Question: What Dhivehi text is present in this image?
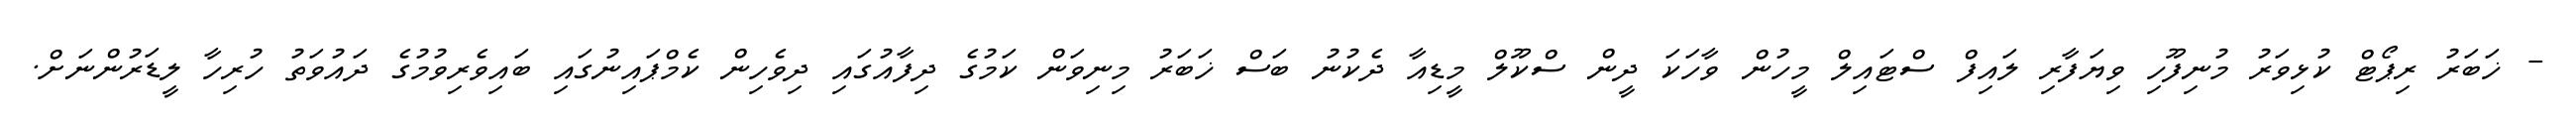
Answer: - ޚަބަރު ރިޕޯޓް ކުޅިވަރު މުނިފޫހި ވިޔަފާރި ލައިފް ސްޓައިލް މީހުން ވާހަކަ ދީން ސްކޫލް މީޑިއާ ދެކުނު ބަސް ޚަބަރު މިނިވަން ކަމުގެ ދިފާއުގައި ދިވެހިން ކެމްޕައިނުގައި ބައިވެރިވުމުގެ ދައުވަތު ހުރިހާ ލީޑަރުންނަށް.